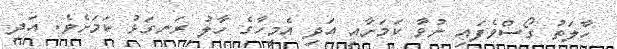
ހާލަތު ގޯސްވެފައި ނުވާ ކަމަށާއި އަދި އެމީހާގެ ހާލު ރަނގަޅު ކަމަށެވެ. އަދި